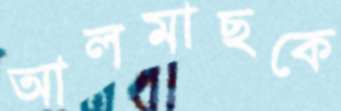
আলমাছকে